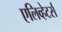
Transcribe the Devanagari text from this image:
एलिव्हेटर्स